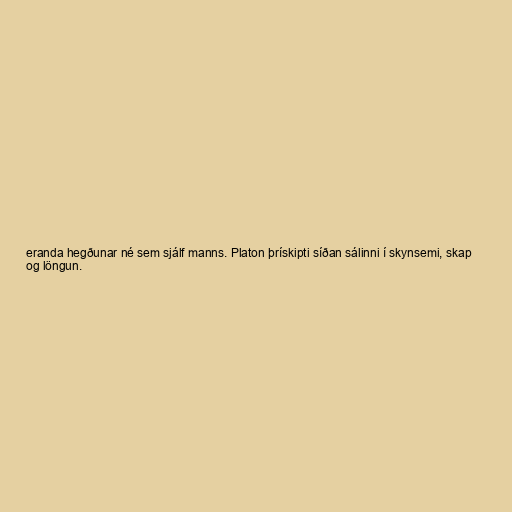
eranda hegðunar né sem sjálf manns. Platon þrískipti síðan sálinni í skynsemi, skap
og löngun.